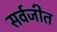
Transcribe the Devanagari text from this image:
सर्वजीत